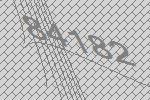
84182